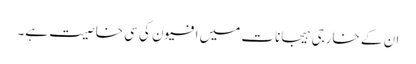
ان کے خارجی ہیجانات میں افیون کی سی خاصیت ہے۔